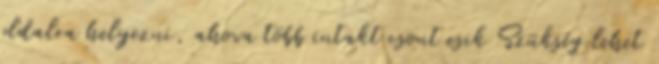
oldalra helyezni, ahova több intakt csont esik Szükség lehet